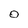
Character: 0